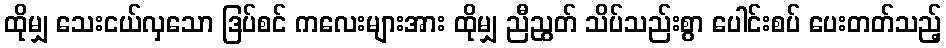
ထိုမျှ သေးငယ်လှသော ဒြပ်စင် ကလေးများအား ထိုမျှ ညီညွတ် သိပ်သည်းစွာ ပေါင်းစပ် ပေးတတ်သည့်